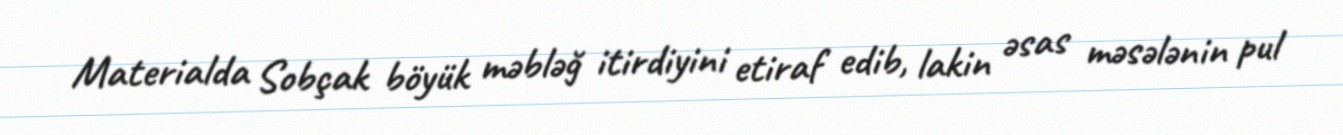
Materialda Sobçak böyük məbləğ itirdiyini etiraf edib, lakin əsas məsələnin pul